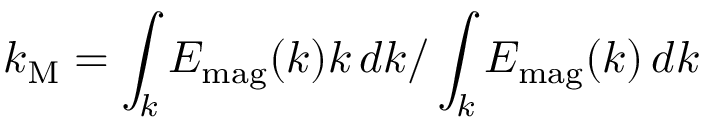
k _ { \mathrm { M } } = \int _ { k } E _ { \mathrm { m a g } } ( k ) k \, d k / \int _ { k } E _ { \mathrm { m a g } } ( k ) \, d k